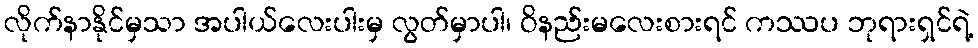
လိုက်နာနိုင်မှသာ အပါယ်လေးပါးမှ လွတ်မှာပါ၊ ဝိနည်းမလေးစားရင် ကဿပ ဘုရားရှင်ရဲ့